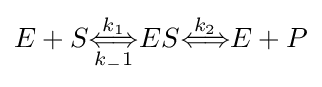
E+S{\overset {k_{1}}{\underset {k_{-}{1}}{\Longleftrightarrow }}}ES{\overset {k_{2}}{\Longleftrightarrow }}E+P